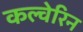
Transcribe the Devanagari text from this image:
कल्वेरिन